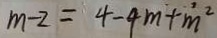
m - 2 = 4 - 4 m + m ^ { 2 }